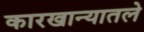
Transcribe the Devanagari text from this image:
कारखान्यातले